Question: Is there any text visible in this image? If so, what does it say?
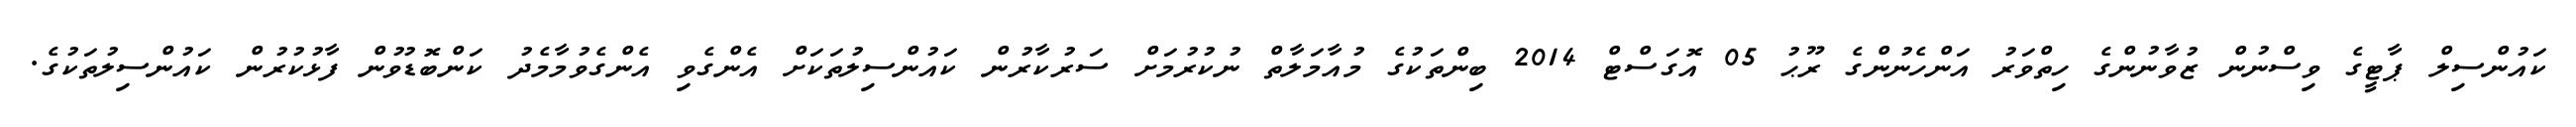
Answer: ކައުންސިލް ޕާޓީގެ ވިސްނުން ޒުވާނުންގެ ހިތްވަރު އަންހެނުންގެ ރޫޙު 05 އޮގަސްޓް 2014 ބިންތަކުގެ މުއާމަލާތް ނުކުރުމަށް ސަރުކާރުން ކައުންސިލުތަކަށް އެންގެވި އެންގެވުމާމެދު ކަންބޮޑުވުން ފާޅުކުރުން ކައުންސިލުތަކުގެ.